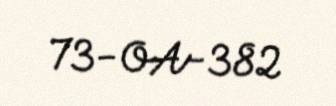
73-OA-382